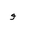
Letter: _waw